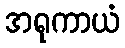
အရုကာယံ